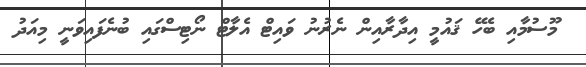
މޫސުމާއި ބެހޭ ޤައުމީ އިދާރާއިން ނެރުނު ވައިޓް އެލާޓް ނޯޓިސްގައި ބުނެފައިވަނީ މިއަދު